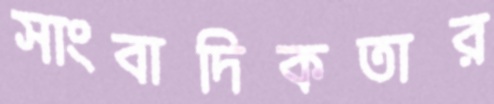
সাংবাদিকতার